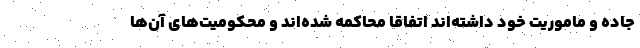
جاده و ماموریت خود داشته‌اند اتفاقا محاکمه شده‌اند و محکومیت‌های آن‌ها